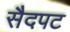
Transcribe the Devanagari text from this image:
सैदपट